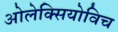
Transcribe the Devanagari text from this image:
ओलेक्सियोविच